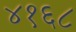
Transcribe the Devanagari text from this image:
४१६८